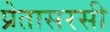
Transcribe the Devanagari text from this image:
प्रेतासरसी